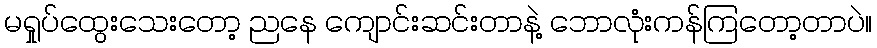
မရှုပ်ထွေးသေးတော့ ညနေ ကျောင်းဆင်းတာနဲ့ ဘောလုံးကန်ကြတော့တာပဲ။